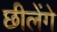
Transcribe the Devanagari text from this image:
छीलेंगे